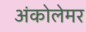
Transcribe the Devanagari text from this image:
अंकोलेमर